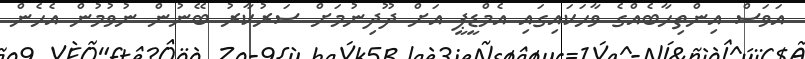
އަވަސް އިންތިހާބެއްގެ ވާހަކައިގައި އެމްޑީޕީ އަށް ދޫދިނުމަށް ސަރުކާރު ބޭނުން ނުވުމުން އެހެން